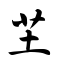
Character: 芏